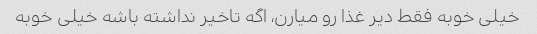
خیلی خوبه فقط دیر غذا رو میارن، اگه تاخیر نداشته باشه خیلی خوبه